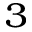
^ { 3 }